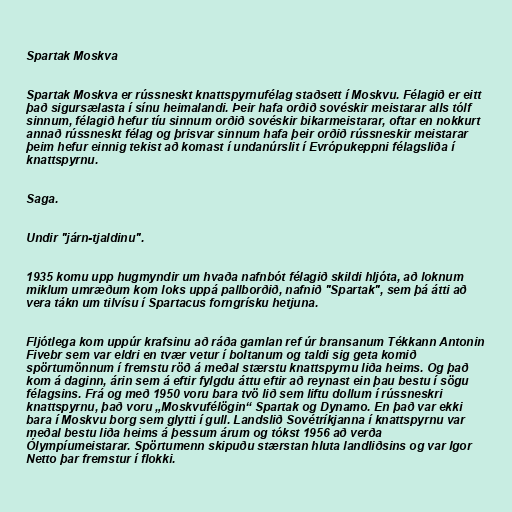
Spartak Moskva

Spartak Moskva er rússneskt knattspyrnufélag staðsett í Moskvu. Félagið er eitt
það sigursælasta í sínu heimalandi. Þeir hafa orðið sovéskir meistarar alls tólf
sinnum, félagið hefur tíu sinnum orðið sovéskir bikarmeistarar, oftar en nokkurt
annað rússneskt félag og þrisvar sinnum hafa þeir orðið rússneskir meistarar
þeim hefur einnig tekist að komast í undanúrslit í Evrópukeppni félagsliða í
knattspyrnu.

Saga.

Undir "járn-tjaldinu".

1935 komu upp hugmyndir um hvaða nafnbót félagið skildi hljóta, að loknum
miklum umræðum kom loks uppá pallborðið, nafnið "Spartak", sem þá átti að
vera tákn um tilvísu í Spartacus forngrísku hetjuna.

Fljótlega kom uppúr krafsinu að ráða gamlan ref úr bransanum Tékkann Antonin
Fivebr sem var eldri en tvær vetur í boltanum og taldi sig geta komið
spörtumönnum í fremstu röð á meðal stærstu knattspyrnu liða heims. Og það
kom á daginn, árin sem á eftir fylgdu áttu eftir að reynast ein þau bestu í sögu
félagsins. Frá og með 1950 voru bara tvö lið sem liftu dollum í rússneskri
knattspyrnu, það voru „Moskvufélögin“ Spartak og Dynamo. En það var ekki
bara í Moskvu borg sem glytti í gull. Landslið Sovétríkjanna í knattspyrnu var
meðal bestu liða heims á þessum árum og tókst 1956 að verða
Ólympíumeistarar. Spörtumenn skipuðu stærstan hluta landliðsins og var Igor
Netto þar fremstur í flokki.